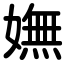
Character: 嫵